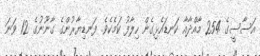
އަސާސީގެ 254 މާއްދާއާ ކަނޑައެޅިގެން ހިލާފު ކަމެކެވެ. ފަނޑިޔާރުންގެ ގާނޫނުގެ 12 ވަނަ